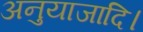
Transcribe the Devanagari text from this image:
अनुयाजादि।